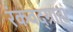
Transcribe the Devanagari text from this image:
रंकवद्ग्राह्यं